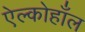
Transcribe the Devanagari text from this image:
ऐल्कोहाँल